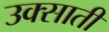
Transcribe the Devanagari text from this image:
उक्साती